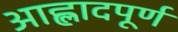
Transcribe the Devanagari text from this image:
आह्लादपूर्ण